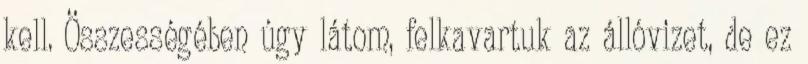
kell. Összességében úgy látom, felkavartuk az állóvizet, de ez